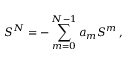
S ^ { N } = - \sum _ { m = 0 } ^ { N - 1 } a _ { m } S ^ { m } \, ,